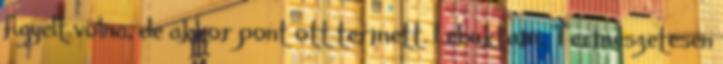
figyelt volna, de akkor pont ott termett. Lebuktam. Természetesen